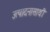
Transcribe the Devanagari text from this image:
उत्पादनासाथी